Vital statistics of India. Vol. VI, European troops 1870-79
Year: 1870
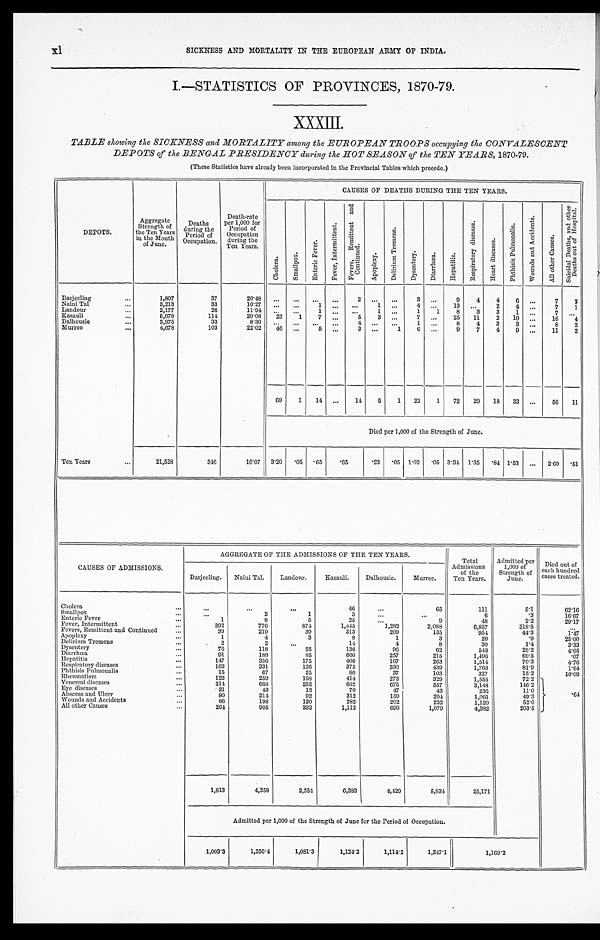
x 1
SICKNESS AND MORTALITY IN THE EUROPEAN ARMY OF INDIA.
I.—STATISTICS OF PROVINCES, 1870-79
XXXIII.
TABLE showing the SICKNESS and MORTALITY among the EUROPEAN TROOPS occupying the CONVALESCENT
DEPOTS of the BENGAL PRESIDENCY during the HOT SEASON of the TEN YEARS, 1870-79.
(These Statistics have already been incorporated in the Provincial Tables which precede.)
DEPOTS.
Aggregate
Strength of
the Ten Years
in the Month
of June.
Deaths
during the
Period of
Occupation.
Death-rate
per 1,000 for
Period of
Occupation
during the
Ten Years.
CAUSES OF DEATHS DURING THE TEN YEARS.
C h o l e r a .
S m a l l p o x .
E n t e r i c F e v e r .
F e v e r , I n t e r m i t t e n t .
F e v e r , R e m i t t e n t a n d C o n t i n u e d .
A p o p l e x y .
D e l i r i u m T r e m e n s .
D y s e n t e r y .
D i a r r h œ a .
H e p a t i t i s .
R e s p i r a t o r y D i s e a s e s .
H e a r t D i s e a s e s .
P h t h i s i s P u l m o n a l i s .
W o u n d s a n d A c c i d e n t s .
A l l o t h e r C a u s e s .
S u i c i a l D e a t h s . a n d o t h e r D e a t h s o u t o f H o s p i t a l .
Darjeeling . . .
1,807
37
20.48
. . .
. . .
. . .
. . .
2
. . .
. . .
3
. . .
9
4
4
6
7
2
Naini Tal . . .
3,213
33
10.27
. . .
. . .
1
. . .
. . .
1
. . .
4
. . .
13
. . .
2
4
. . .
7
1
Landour . . .
2,177
26
11.94
. . .
. . .
1
. . .
. . .
1
. . .
1
1
8
3
3
1
. . .
7
. . .
Kasauli . . .
5,678
114
20.08
23
1
7
. . .
5
3
. . .
7
. . .
25
11
2
10
. . .
16
4
Dalhousie . . .
3,975
33
8.30 . . .
. . .
. . .
. . .
4
. . .
. . .
1
. . .
8
4
3
3
. . .
8
2
Murree . . .
4,678
103
22.02
46
. . .
5
. . .
3
. . .
1
6
. . .
9
7
4
9
. . .
11
2
69
1
14
. . .
14
5
1
22
1
72
29
18
33
. . .
56
11
Died per 1,000 of the Strength of June.
Ten Years . . .
21,528
346
16.07
3.20
. 05
.65
.65
. 23
.05 1.02
.05 3.34 1.35
.84 1.53
. . .
2.60
.51
CAUSES OF ADMISSIONS.
AGGREGATE OF THE ADMISSIONS OF THE TEN YEARS.
Total
Admissions
of the
Ten Years.
Admitted per
1,000 of
Strength of
June.
Died out of
each hundred
cases treated.
Darjeeling.
Naini Tal.
Landour.
Kasauli.
Dalhousie.
Murree.
Cholera . . .
. . .
. . .
. . .
4 6
. . .
65
111
5.1
62.16
Smallpox . . .
. . .
2
1
3
. . .
. . .
6
.3
16.67
Enteric Fever . . .
1
8
5
25
. . .
9
48
2.2
29.17
Fever, Intermittent . . .
392
776
874
1,445
1,282
2,088
6,857
318.5
. . .
Fevers, Remittent and Continued . . .
3 9
219
39
313
209
135
954
44.3
1.47
Apoplexy . . .
1
4
3
8
1
3
20
.9
25.00
Delirium Tremens . . .
2
2
. . .
14
4
8
30
1.4
3.33
Dysentery . . .
76
118
55
136
96
62
543
25.2
4.05
Diarrhœa . . .
91
188
85
660
257
215
1,496
69.5
.07
Hepatitis . . .
147
356
175
406
167
263
1,514
70.3
4.76
Respiratory diseases . . .
1 6 2
331
126
375
330
439
1,763
81.9
1.64
Phthisis Pulmonalis . . .
1 5
67
25
80
37
103
327
15.2
10.09
Rheumatism . . .
1 2 2
259
158
414
273
329
1,555
72.2
. 6 4
Venereal diseases . . .
314
668
252
682
675
557
3,148
146.2
Eye diseases . . .
21
43
12
70
47
43
236
11.0
Abscess and Ulcer . . .
80
214
92
312
159
204
1,061
49.3
Wounds and Accidents . . .
8 6
198
120
282
202
232
1,120
52.0
All other Causes . . .
264
905
332
1,112
690
1,079
4,382
203.5
1,813
4,358
2,354
6,383
4,429
5,834
25,171
Admitted per 1,000 of the Strength of June for the Period of Occupation.
1,003.3
1,356.4
1,081.3
1,124.2
1,114.2
1,247.1
1,169.2